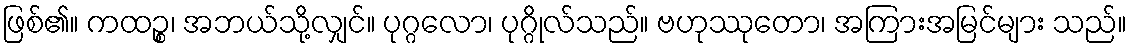
ဖြစ်၏။ ကထဉ္စ၊ အဘယ်သို့လျှင်။ ပုဂ္ဂလော၊ ပုဂ္ဂိုလ်သည်။ ဗဟုဿုတော၊ အကြားအမြင်များ သည်။